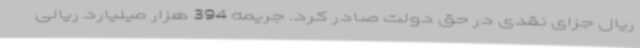
ریال جزای نقدی در حق دولت صادر کرد. جریمه 394 هزار میلیارد ریالی